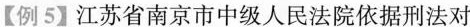
【例5】江苏省南京市中级人民法院依据刑法对